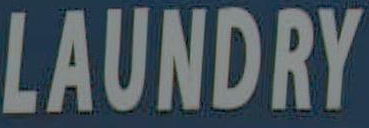
LAUNDRY